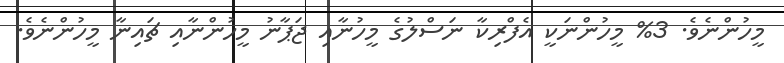
މީހުންނެވެ. 3% މީހުންނަކީ އެފްރިކާ ނަސްލުގެ މީހުނާއި ޖަޕާނު މީހުންނާއި ޗައިނާ މީހުންނެވެ.